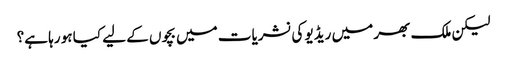
لیکن ملک بھر میں ریڈیو کی نشریات میں بچوں کے لیے کیا ہو رہا ہے؟